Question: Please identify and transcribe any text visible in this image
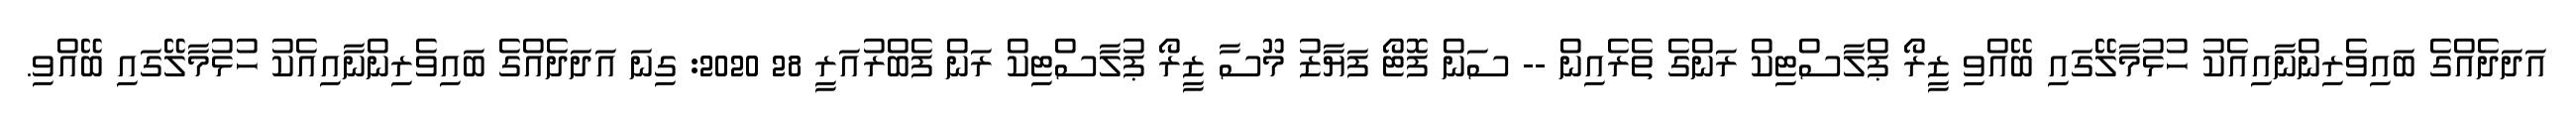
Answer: އަދަދެއްގެ ބައިވެރިންނާއިއެކު ހުޅުމާލޭގައި ބޭއްވި ޒީރޯ ޕްލާސްޓިކް ރަންގެ ތެރެއިން -- ސަން ފޮޓޯ ފަޔާޒު މޫސާ ޒީރޯ ޕުލާސްޓިކް ރަން ފެބްރުއަރީ 28 2020: ގިނަ އަދަދެއްގެ ބައިވެރިންނާއިއެކު ހުޅުމާލޭގައި ބޭއްވި.